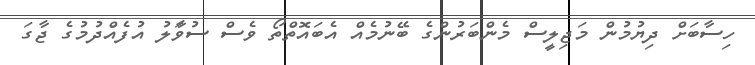
ހިސާބަށް ދިޔުމުން މަޖިލީސް މެންބަރުންގެ ބޭނުމެއް އެބައޮތްތޯ ވެސް ސުވާަލު އުފެއްދުމުގެ ޖާގަ